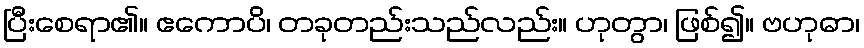
ပြီးစေရာ၏။ ဧကောပိ၊ တခုတည်းသည်လည်း။ ဟုတွာ၊ ဖြစ်၍။ ဗဟုဓာ၊